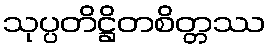
သုပ္ပတိဋ္ဌိတစိတ္တဿ